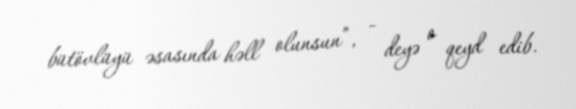
bütövlüyü əsasında həll olunsun”, - deyə o qeyd edib.